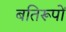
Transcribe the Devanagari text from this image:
बतिरूपों